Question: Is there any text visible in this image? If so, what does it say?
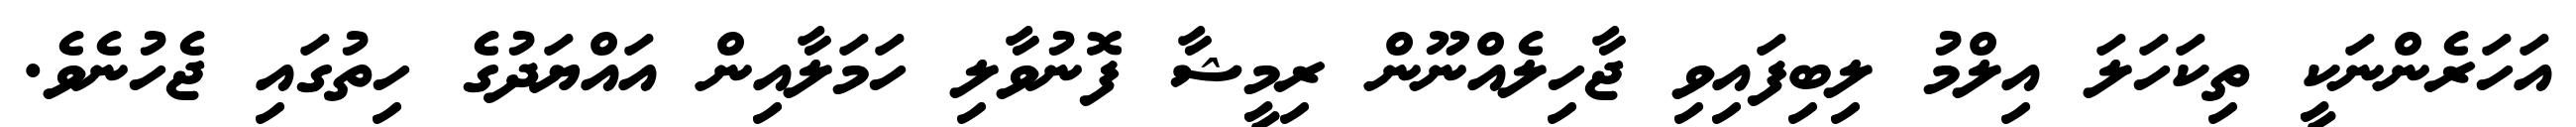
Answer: އަހަރެންނަކީ ތިކަހަލަ އިލްމު ލިބިފައިވި ޖާހިލެއްނޫން ރިމީޝާ ފޮނުވާލި ހަމަލާއިން އައްޔަދުގެ ހިތުގައި ޖެހުނެވެ.